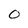
Character: 0